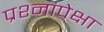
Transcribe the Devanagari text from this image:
प्रश्नांपेक्षा